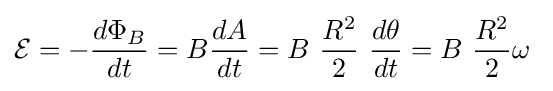
{\mathcal {E}}=-{\frac {d\Phi _{B}}{dt}}=B{\frac {dA}{dt}}=B\ {\frac {R^{2}}{2}}\ {\frac {d\theta }{dt}}=B\ {\frac {R^{2}}{2}}\omega \